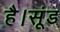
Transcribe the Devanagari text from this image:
है।सूंड